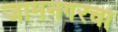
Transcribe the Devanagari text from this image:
जामनगरचा